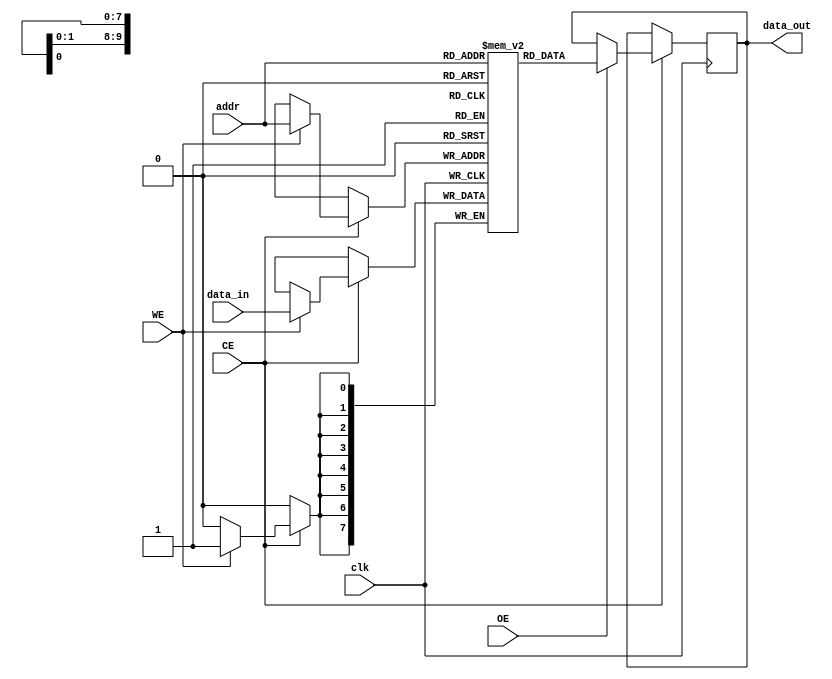
module low_power_sram #(
    parameter DATA_WIDTH = 8,  // Width of data bus
    parameter ADDR_WIDTH = 10,  // Address width (for 1K x 8 SRAM)
    parameter MEM_SIZE = 1 << ADDR_WIDTH  // Total memory size
)(
    input wire clk,               // Clock signal
    input wire CE,                // Chip Enable
    input wire WE,                // Write Enable
    input wire OE,                // Output Enable
    input wire [ADDR_WIDTH-1:0] addr, // Address bus
    input wire [DATA_WIDTH-1:0] data_in, // Data input
    output reg [DATA_WIDTH-1:0] data_out // Data output
);

    // Memory array declaration
    reg [DATA_WIDTH-1:0] memory [0:MEM_SIZE-1];

    // Asynchronous read and write operations
    always @(posedge clk) begin
        if (CE) begin
            if (WE) begin
                // Write operation
                memory[addr] <= data_in;
            end
            if (OE) begin
                // Read operation
                data_out <= memory[addr];
            end
        end
    end

endmodule